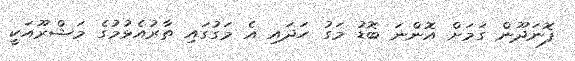
ފޮނަދޫން ގަމަށް އޮންނަ ބޮޑު މަގު ހަދައި އެ މަގުގައި ތާރުއެޅުމުގެ މަޝްރޫއަކީ